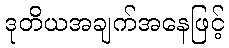
ဒုတိယအချက်အနေဖြင့်